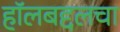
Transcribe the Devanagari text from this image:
हॉलबद्दलचा